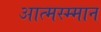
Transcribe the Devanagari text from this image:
आत्मस्म्मान